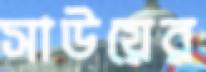
সাউয়ের